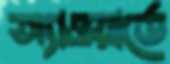
অ্যাওয়ার্ডে